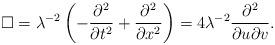
LaTeX: \begin{align*} \Box=\lambda^{-2}\left(-\frac{\partial^2}{\partial t^2}+\frac{\partial^2}{\partial x^2}\right)=4\lambda^{-2}\frac{\partial^2}{\partial u\partial v}. \end{align*}